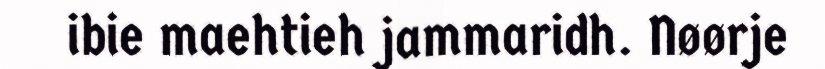
ibie maehtieh jammaridh. Nøørje